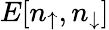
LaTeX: E[n_{\uparrow},n_{\downarrow}]